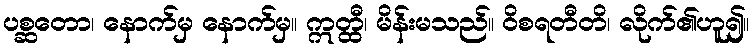
ပစ္ဆတော၊ နောက်မှ နောက်မှ။ ဣတ္ထီ၊ မိန်းမသည်။ ဝိစရတီတိ၊ လိုက်၏ဟူ၍။